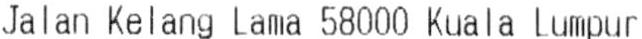
JALAN KELANG LAMA 58000 KUALA LUMPUR